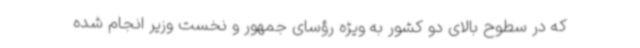
که در سطوح بالای دو کشور به ویژه رؤسای جمهور و نخست وزیر انجام شده